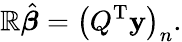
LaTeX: \mathbb{R}{\hat{{\boldsymbol{\beta}}}}=\left(Q^{\mathrm{{{T}}}}\mathbf{{y}}\right)_{n}.